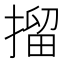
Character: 㨨